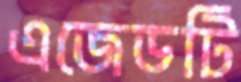
এজেডটি